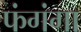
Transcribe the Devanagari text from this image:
फंगंगा